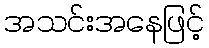
အသင်းအနေဖြင့်